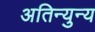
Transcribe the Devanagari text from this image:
अतिन्युन्य